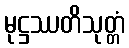
မုဋ္ဌဿတိသုတ္တံ